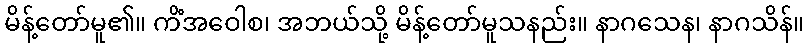
မိန့်တော်မူ၏။ ကိံအဝေါစ၊ အဘယ်သို့ မိန့်တော်မူသနည်း။ နာဂသေန၊ နာဂသိန်။